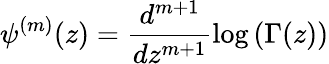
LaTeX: \psi^{(m)}(z)=\frac{d^{m+1}}{dz^{m+1}}\log\left(\Gamma(z)\right)